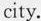
city.